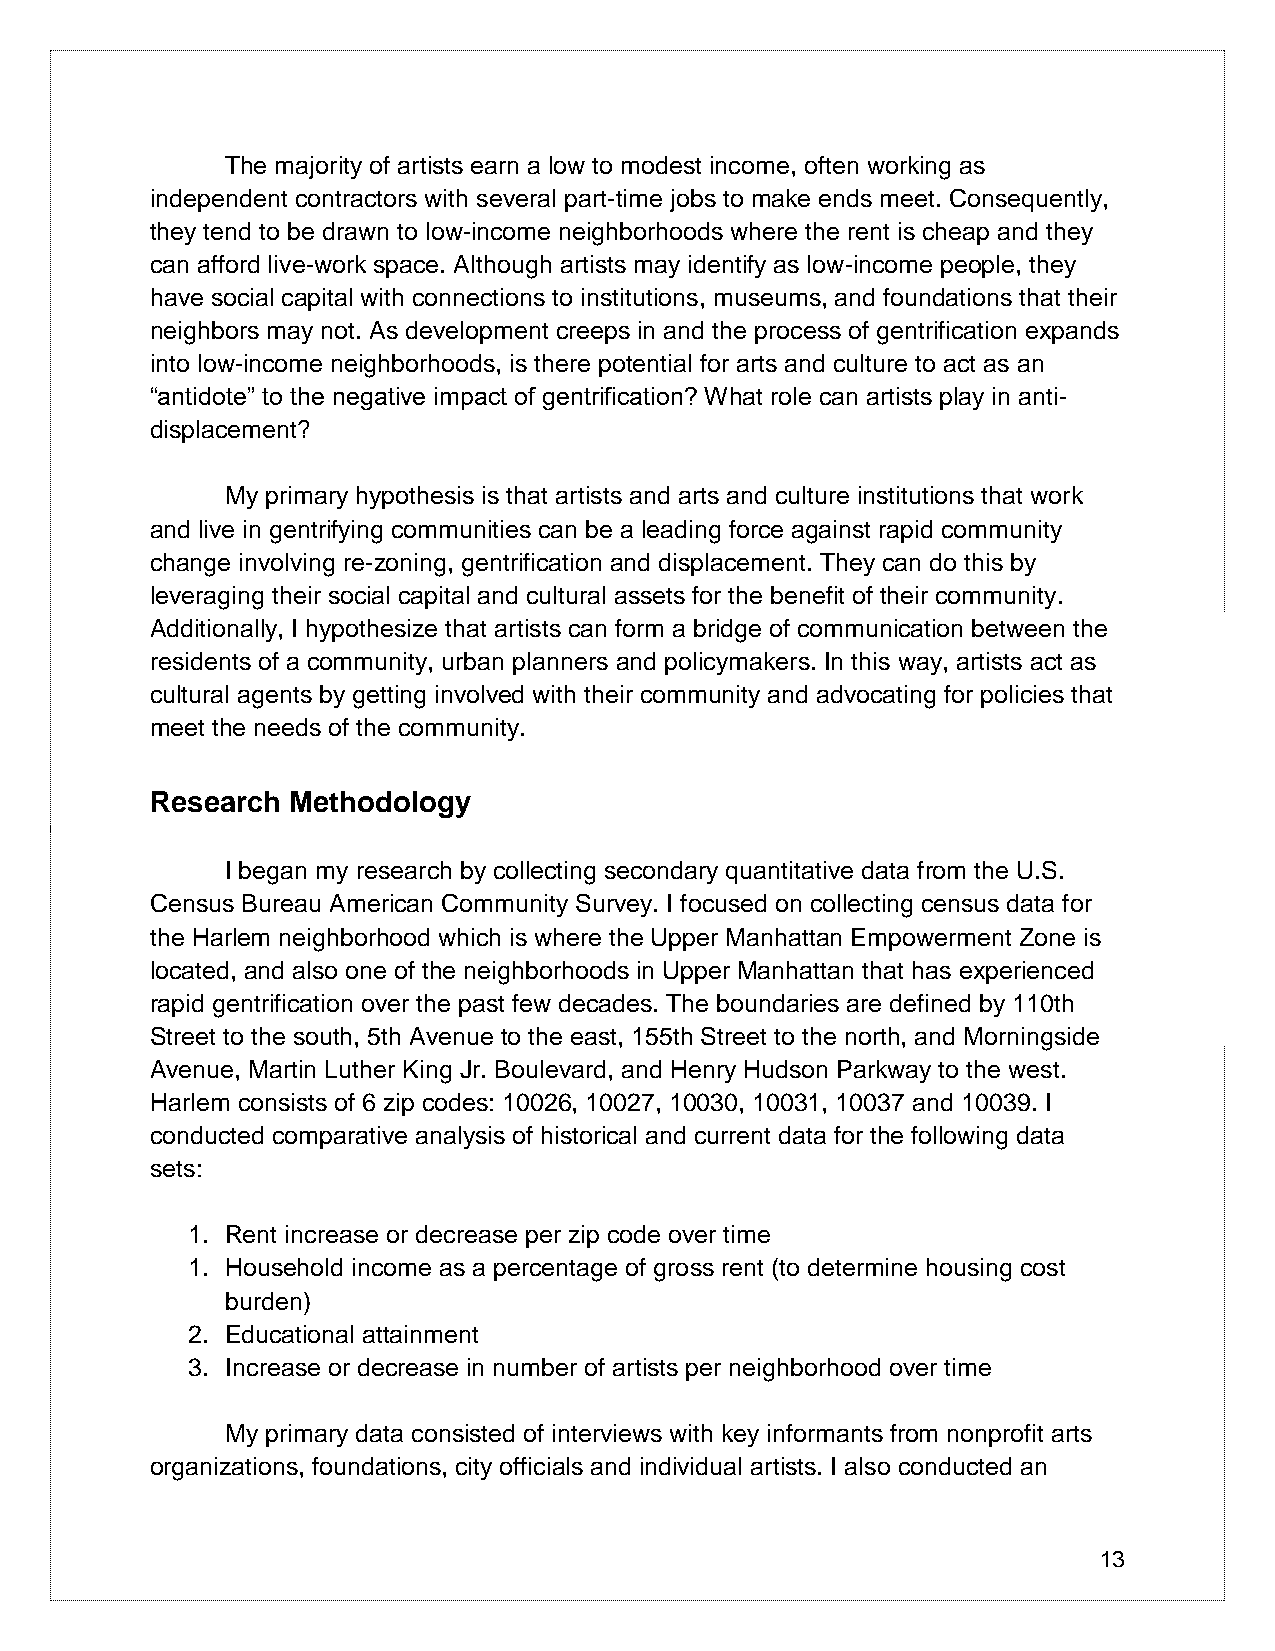
The majority of artists earn a low to modest income, often working as
 independent contractors with several part-time jobs to make ends meet. Consequently,
 they tend to be drawn to low-income neighborhoods where the rent is cheap and they
 can afford live-work space. Although artists may identify as low-income people, they
 have social capital with connections to institutions, museums, and foundations that their
 neighbors may not. As development creeps in and the process of gentrification expands
 into low-income neighborhoods, is there potential for arts and culture to act as an
 “antidote” to the negative impact of gentrification? What role can artists play in anti-
 displacement?
 My primary hypothesis is that artists and arts and culture institutions that work
 and live in gentrifying communities can be a leading force against rapid community
 change involving re-zoning, gentrification and displacement. They can do this by
 leveraging their social capital and cultural assets for the benefit of their community.
 Additionally, I hypothesize that artists can form a bridge of communication between the
 residents of a community, urban planners and policymakers. In this way, artists act as
 cultural agents by getting involved with their community and advocating for policies that
 meet the needs of the community.
 Research Methodology
 I began my research by collecting secondary quantitative data from the U.S.
 Census Bureau American Community Survey. I focused on collecting census data for
 the Harlem neighborhood which is where the Upper Manhattan Empowerment Zone is
 located, and also one of the neighborhoods in Upper Manhattan that has experienced
 rapid gentrification over the past few decades. The boundaries are defined by 110th
 Street to the south, 5th Avenue to the east, 155th Street to the north, and Morningside
 Avenue, Martin Luther King Jr. Boulevard, and Henry Hudson Parkway to the west.
 Harlem consists of 6 zip codes: 10026, 10027, 10030, 10031, 10037 and 10039. I
 conducted comparative analysis of historical and current data for the following data
 sets:
 1. Rent increase or decrease per zip code over time
 1. Household income as a percentage of gross rent (to determine housing cost
 burden)
 2. Educational attainment
 3. Increase or decrease in number of artists per neighborhood over time
 My primary data consisted of interviews with key informants from nonprofit arts
 organizations, foundations, city officials and individual artists. I also conducted an
 13